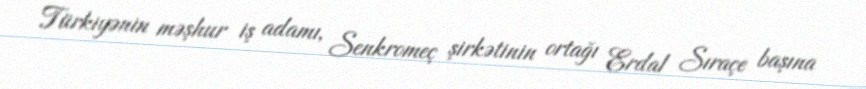
Türkiyənin məşhur iş adamı, Senkromeç şirkətinin ortağı Erdal Sıraçe başına